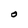
Character: O